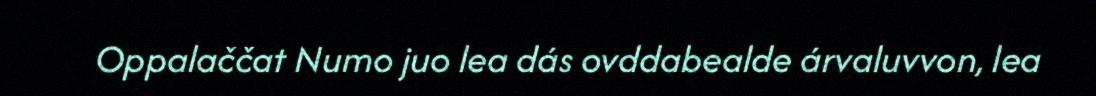
Oppalaččat Numo juo lea dás ovddabealde árvaluvvon, lea